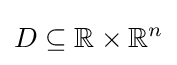
D\subseteq \mathbb {R} \times \mathbb {R} ^{n}